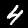
Digit: 4